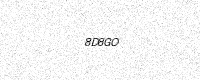
Text: 8D8GO